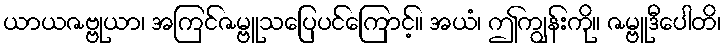
ယာယဇဗ္ဗုယာ၊ အကြင်ဇမ္ဗူသပြေပင်ကြောင့်။ အယံ၊ ဤကျွန်းကို။ ဇမ္ဗူဒီပေါတိ၊